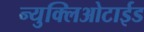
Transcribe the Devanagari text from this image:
न्युक्लिओटाईड